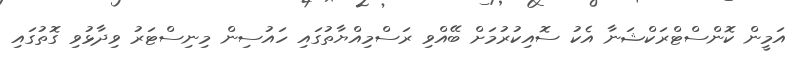
އަމީން ކޮންސްޓްރަކްޝަނާ އެކު ސޮއިކުރުމަށް ބޭއްވި ރަސްމިއްޔާތުގައި ހައުސިން މިނިސްޓަރު ވިދާޅުވި ގޮތުގައި